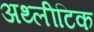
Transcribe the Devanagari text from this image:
अथ्लीटिक